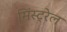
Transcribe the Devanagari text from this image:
मिंस्ट्रेल